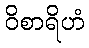
ဝိစာရိဟံ